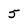
Character: 5